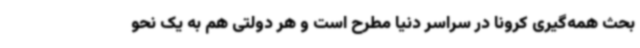
بحث همه‌گیری کرونا در سراسر دنیا مطرح است و هر دولتی هم به یک نحو